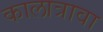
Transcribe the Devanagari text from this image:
कालात्रावा